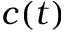
c ( t )